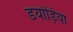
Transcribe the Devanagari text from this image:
डयोंड़िया